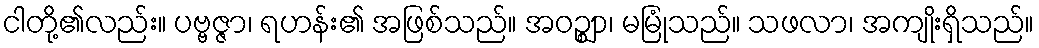
ငါတို့၏လည်း။ ပဗ္ဗဇ္ဇာ၊ ရဟန်း၏ အဖြစ်သည်။ အဝဉ္ဈာ၊ မမြုံသည်။ သဖလာ၊ အကျိုးရှိသည်။